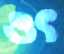
ওৎ